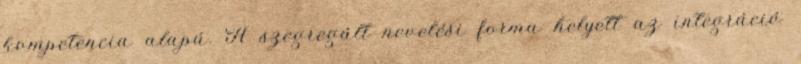
kompetencia alapú. A szegregált nevelési forma helyett az integráció